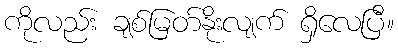
ကိုလည်း ချစ်မြတ်နိုးလျက် ရှိလေပြီ။